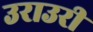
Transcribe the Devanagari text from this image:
उराउरी